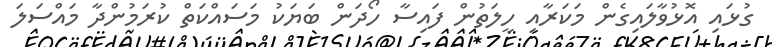
ގުޅައި އޮޅުވާލައިގެން މަކަރާއި ހީލަތުން ފައިސާ ހޯދަން ބަޔަކު މަސައްކަތް ކުރަމުންދާ މައްސަލަ